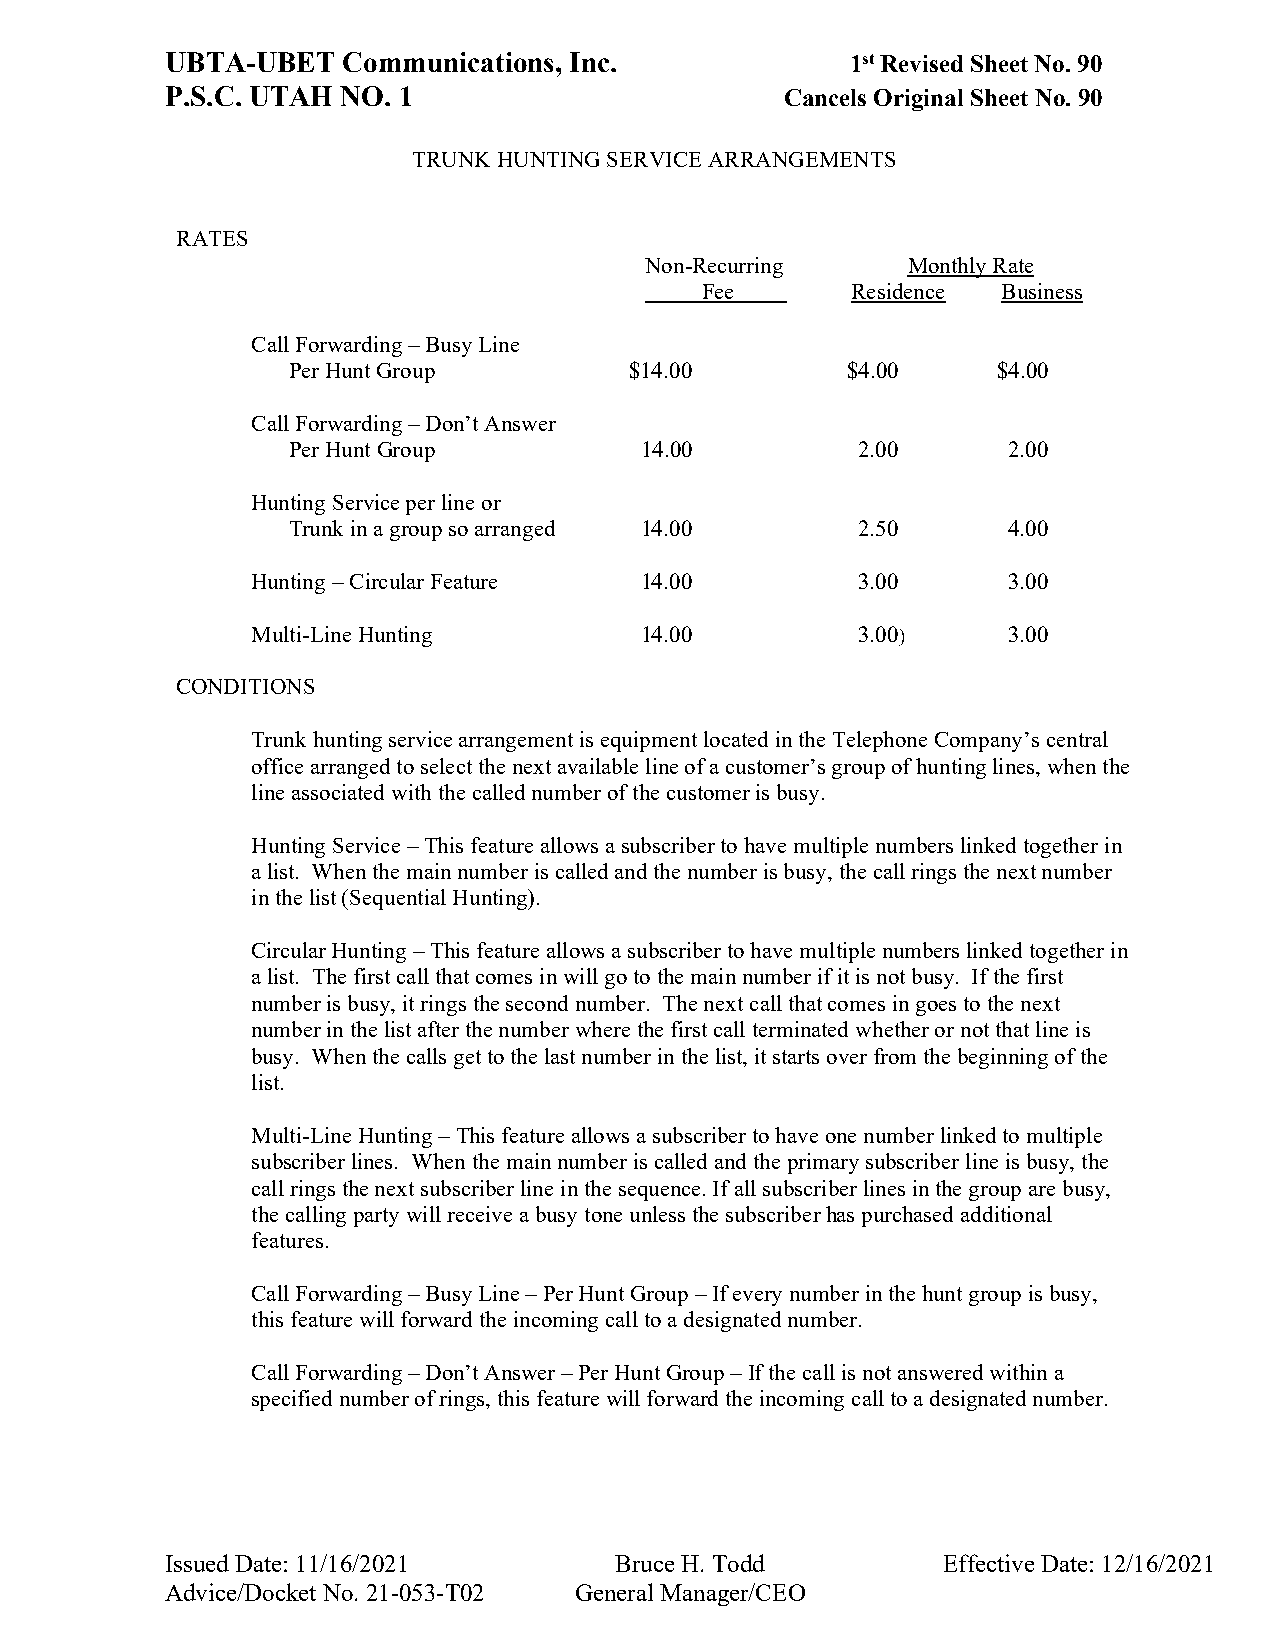
UBTA-UBET   Communications, Inc.             1st Revised Sheet No. 90
 P.S.C. UTAH NO. 1                        Cancels Original Sheet No. 90
 TRUNK HUNTING SERVICE ARRANGEMENTS
 RATES
 Non-Recurring    Monthly Rate
 Fee       Residence Business
 Call Forwarding – Busy Line
 Per Hunt Group         $14.00        $4.00     $4.00
 Call Forwarding – Don’t Answer
 Per Hunt Group         14.00          2.00      2.00
 Hunting Service per line or
 Trunk in a group so arranged 14.00    2.50      4.00
 Hunting – Circular Feature 14.00        3.00      3.00
 Multi-Line Hunting       14.00          3.00)     3.00
 CONDITIONS
 Trunk hunting service arrangement is equipment located in the Telephone Company’s central
 office arranged to select the next available line of a customer’s group of hunting lines, when the
 line associated with the called number of the customer is busy.
 Hunting Service – This feature allows a subscriber to have multiple numbers linked together in
 a list. When the main number is called and the number is busy, the call rings the next number
 in the list (Sequential Hunting).
 Circular Hunting – This feature allows a subscriber to have multiple numbers linked together in
 a list. The first call that comes in will go to the main number if it is not busy. If the first
 number is busy, it rings the second number. The next call that comes in goes to the next
 number in the list after the number where the first call terminated whether or not that line is
 busy. When the calls get to the last number in the list, it starts over from the beginning of the
 list.
 Multi-Line Hunting – This feature allows a subscriber to have one number linked to multiple
 subscriber lines. When the main number is called and the primary subscriber line is busy, the
 call rings the next subscriber line in the sequence. If all subscriber lines in the group are busy,
 the calling party will receive a busy tone unless the subscriber has purchased additional
 features.
 Call Forwarding – Busy Line – Per Hunt Group – If every number in the hunt group is busy,
 this feature will forward the incoming call to a designated number.
 Call Forwarding – Don’t Answer – Per Hunt Group – If the call is not answered within a
 specified number of rings, this feature will forward the incoming call to a designated number.
 Issued Date: 11/16/2021       Bruce H. Todd        Effective Date: 12/16/2021
 Advice/Docket No. 21-053-T02 General Manager/CEO